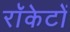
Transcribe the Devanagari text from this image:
राॅकेटों